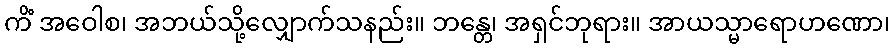
ကိံ အဝေါစ၊ အဘယ်သို့လျှောက်သနည်း။ ဘန္တေ၊ အရှင်ဘုရား။ အာယသ္မာရောဟဏော၊